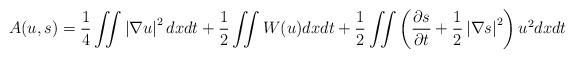
LaTeX: \begin{align*}A(u,s)=\frac{1}{4}\iint \left \vert \nabla u\right \vert ^{2}dxdt+\frac{1}{2}\iint W(u)dxdt+\frac{1}{2}\iint \left( \frac{\partial s}{\partial t}+\frac{1}{2}\left \vert \nabla s\right \vert ^{2}\right) u^{2}dxdt\end{align*}